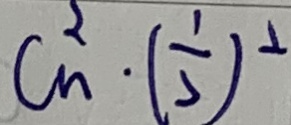
C _ { n } ^ { 2 } \cdot ( \frac { 1 } { 7 } ) ^ { 2 }